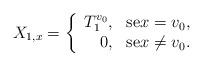
LaTeX: \begin{align*}\displaystyle X_{1,x}=\left\{\begin{array}{rc}T_1^{v_0},&\mbox{se}x = v_0,\\0, &\mbox{se}x \neq v_0.\end{array}\right.\end{align*}